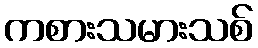
ကစားသမားသစ်